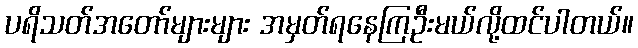
ပရိသတ်အတော်များများ အမှတ်ရနေကြဦးမယ်လို့ထင်ပါတယ်။